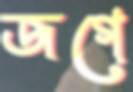
জগে